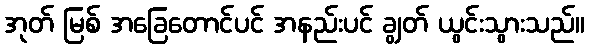
အုတ် မြစ် အခြေတောင်ပင် အနည်းပင် ချွတ် ယွင်းသွားသည်။